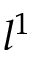
l ^ { 1 }